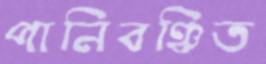
পানিবঞ্চিত